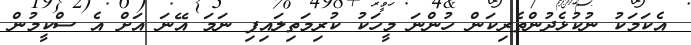
އެކަމަކު ނުކުޅެދުންތެރިކަން ހުންނަ މީހަކު ކުރިމަތިލައިފި ނަމަ އޭނަ އަށް އެ ސްކީމުން